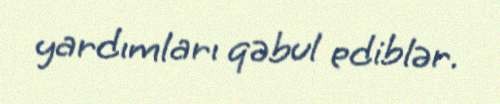
yardımları qəbul ediblər.